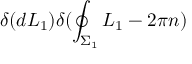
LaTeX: \delta ( d L _ { 1 } ) \delta ( \oint _ { \Sigma _ { 1 } } L _ { 1 } - 2 \pi n )